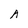
Character: A